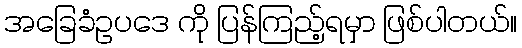
အခြေခံဥပဒေ ကို ပြန်ကြည့်ရမှာ ဖြစ်ပါတယ်။